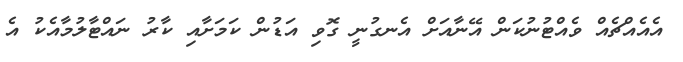
އެއެއްޗެއް ވެއްޓުނުކަން އޭނާއަށް އެނގުނީ ގޮވި އަޑުން ކަމަށާއި ކާރު ނައްޓާލުމާއެކު އެ